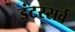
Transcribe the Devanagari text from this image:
इंटरसर्व